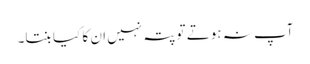
آپ نہ ہوتے تو پتہ نہیں ان کا کیا بنتا۔